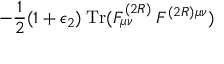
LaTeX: - \frac { 1 } { 2 } ( 1 + \epsilon _ { 2 } ) \: \mathrm { T r } ( F _ { \mu \nu } ^ { ( 2 R ) } \: F ^ { ( 2 R ) \mu \nu } )